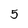
Character: 5